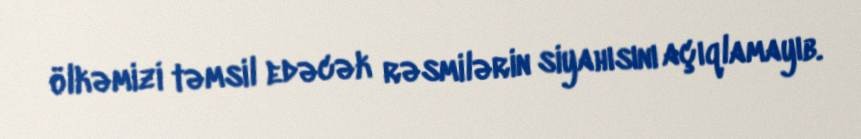
ölkəmizi təmsil edəcək rəsmilərin siyahısını açıqlamayıb.